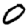
Digit: 0